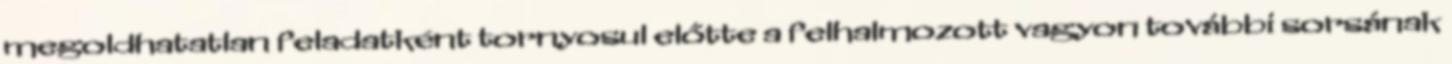
megoldhatatlan feladatként tornyosul előtte a felhalmozott vagyon további sorsának